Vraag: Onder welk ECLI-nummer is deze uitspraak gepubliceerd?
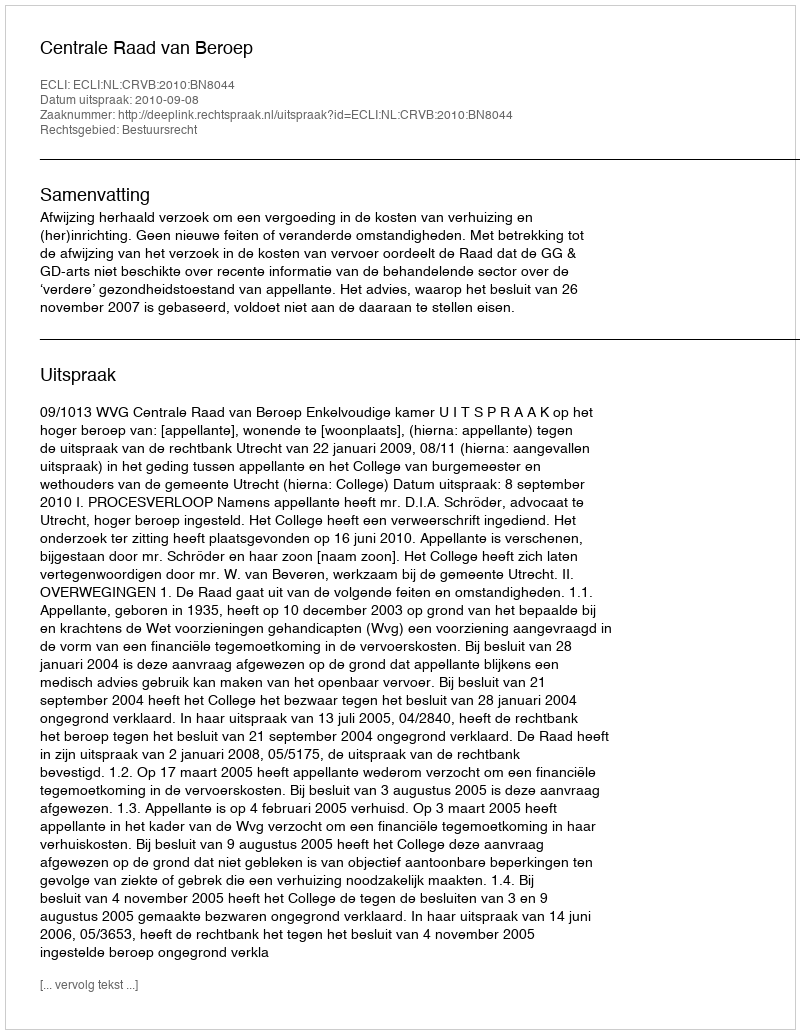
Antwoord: ECLI:NL:CRVB:2010:BN8044